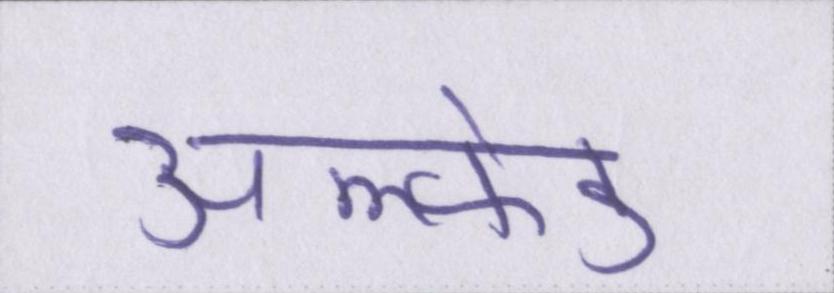
अल्फ्रेड